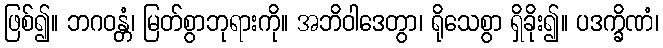
ဖြစ်၍။ ဘဂဝန္တံ၊ မြတ်စွာဘုရားကို။ အဘိဝါဒေတွာ၊ ရိုသေစွာ ရှိခိုး၍။ ပဒက္ခိဏံ၊